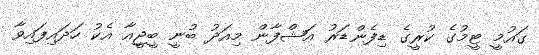
ގައުމީ ޓީމުގެ ކުރީގެ ޑިފެންޑަރު އަޝްފާން މިއަދު ބުނީ ބީޖީއާ އެކު ހަދައިފައިވާ